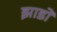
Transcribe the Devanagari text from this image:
झाडों